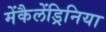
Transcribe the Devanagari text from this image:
मेंकैलेंड्रिनिया